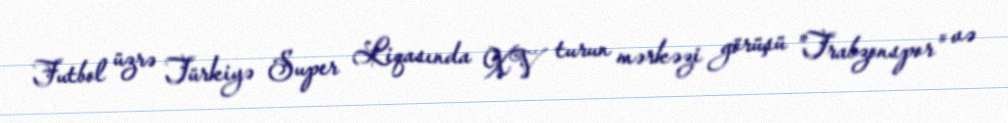
Futbol üzrə Türkiyə Super Liqasında XV turun mərkəzi görüşü "Trabzonspor" və